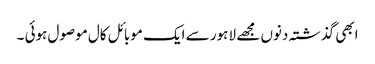
ابھی گذشتہ دنوں مجھے لا ہور سے ایک موبائل کال موصول ہوئی ۔